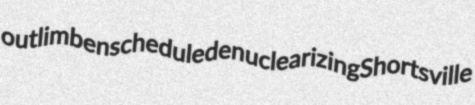
outlimb enschedule denuclearizing Shortsville